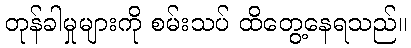
တုန်ခါမှုများကို စမ်းသပ် ထိတွေ့နေရသည်။